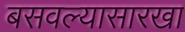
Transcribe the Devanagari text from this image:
बसवल्यासारखा